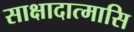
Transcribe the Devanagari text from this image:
साक्षादात्मासि